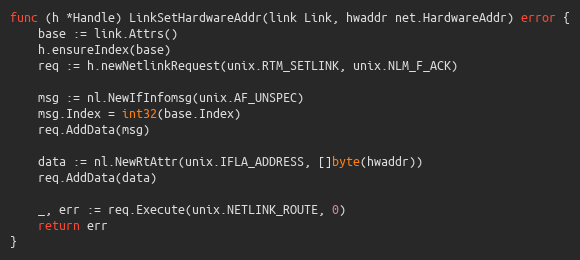
Language: Go
func (h *Handle) LinkSetHardwareAddr(link Link, hwaddr net.HardwareAddr) error {
	base := link.Attrs()
	h.ensureIndex(base)
	req := h.newNetlinkRequest(unix.RTM_SETLINK, unix.NLM_F_ACK)

	msg := nl.NewIfInfomsg(unix.AF_UNSPEC)
	msg.Index = int32(base.Index)
	req.AddData(msg)

	data := nl.NewRtAttr(unix.IFLA_ADDRESS, []byte(hwaddr))
	req.AddData(data)

	_, err := req.Execute(unix.NETLINK_ROUTE, 0)
	return err
}